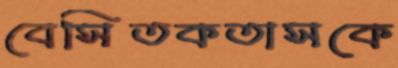
বেসিতকতাসকে